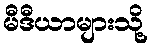
မီဒီယာများသို့